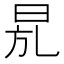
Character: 𣆍